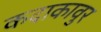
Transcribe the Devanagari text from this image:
कदाकावुर